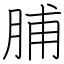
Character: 脯